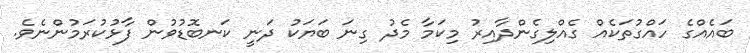
ބައެއްގެ ހައްގުތަކެއް ގެއްލިގެންދާއިރު މިކަމާ މެދު ގިނަ ބަޔަކު ދަނީ ކަނބޮޑުވުން ފާޅުކުރަމުންނެވެ.